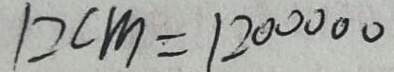
1 2 c m = 1 2 0 0 0 0 0